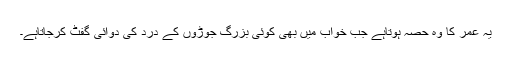
یہ عمر کا وہ حصہ ہوتاہے جب خواب میں بھی کوئی بزرگ جوڑوں کے درد کی دوائی گفٹ کرجاتاہے۔